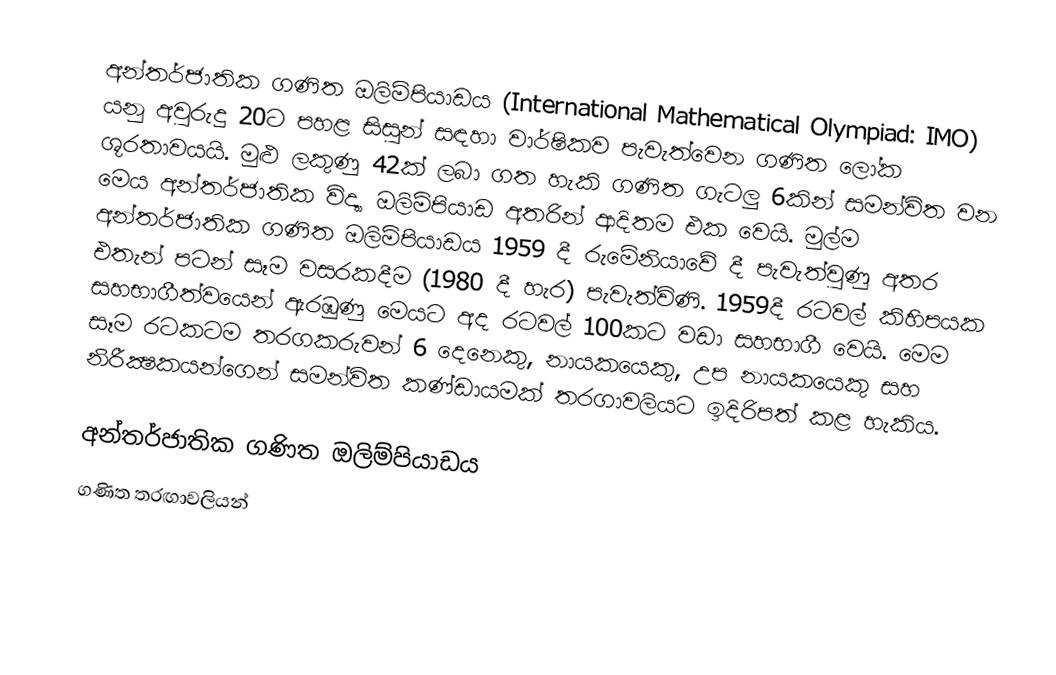
අන්තර්ජාතික ගණිත ඔලිම්පියාඩය (International Mathematical Olympiad: IMO) යනු ‍අවුරුදු 20ට පහළ සිසුන් සඳහා වාර්ෂිකව පැවැත්වෙන ගණිත ලෝක ශූරතාවයයි. මුළු ලකුණු 42ක් ලබා ගත හැකි ගණිත ගැටලු 6කින් සමන්විත වන මෙය අන්තර්ජාතික විද්‍යා ඔලිම්පියාඩ අතරින් ආදිතම එක වෙයි. මුල්ම අන්තර්ජාතික ගණිත ඔලිම්පියාඩය 1959 දී රුමේනියාවේ දී පැවැත්වුණු අතර එතැන් පටන් සෑම වසරකදීම (1980 දී හැර) පැවැත්විණි. 1959දී රටවල් කිහිපයක සහභාගීත්වයෙන් ඇරඹුණු මෙයට අද රටවල් 100කට වඩා සහභාගී වෙයි. මෙම සෑම රටකටම තරගකරුවන් 6 දෙනෙකු, නායකයෙකු, උප නායකයෙකු සහ නිරීක්‍ෂකයන්ගෙන් සමන්විත කණ්ඩායමක් තරගාවලියට ඉදිරිපත් කළ හැකිය.

අන්තර්ජාතික ගණිත ඔලිම්පියාඩය
ගණිත තරඟාවලියන්